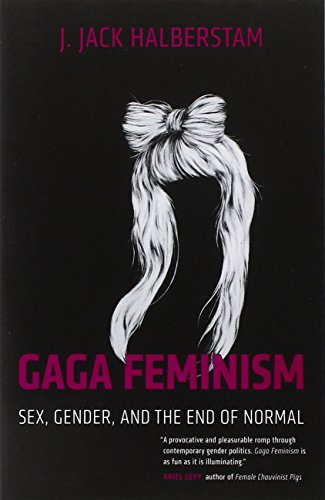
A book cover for Gaga Feminism: Sex, Gender, and the End of Normal (Queer Ideas/Queer Action); J. Jack Halberstam; Gay & Lesbian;